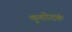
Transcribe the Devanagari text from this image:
कुशोदकं